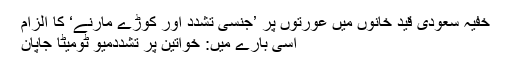
خفیہ سعودی قید خانوں میں عورتوں پر ’جنسی تشدد اور کوڑے مارنے‘ کا الزام
اسی بارے میں: خواتین پر تشددمیو ٹومیٹا جاپان